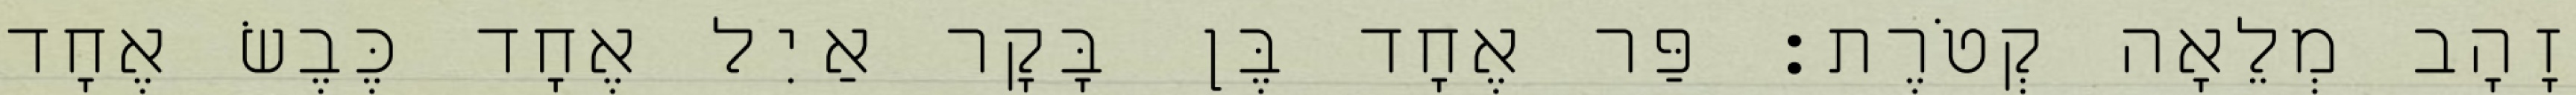
זָהָב מְלֵאָה קְטֹרֶת׃ פַּר אֶחָד בֶּן בָּקָר אַיִל אֶחָד כֶּבֶשׂ אֶחָד